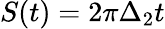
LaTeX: S(t)=2\pi\Delta_{2}t